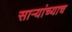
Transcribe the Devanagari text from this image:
साऱ्यांच्याच